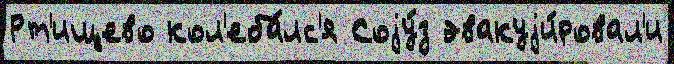
Рт'ищево кол'еба́лс'я Соjу́з эвакуjи́ровал'и